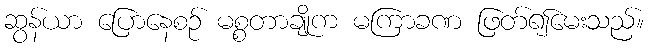
ဆွန်ယာ ပြောနေစဉ် မစ္စတာချိုက မကြာခဏ ဖြတ်၍မေးသည်။